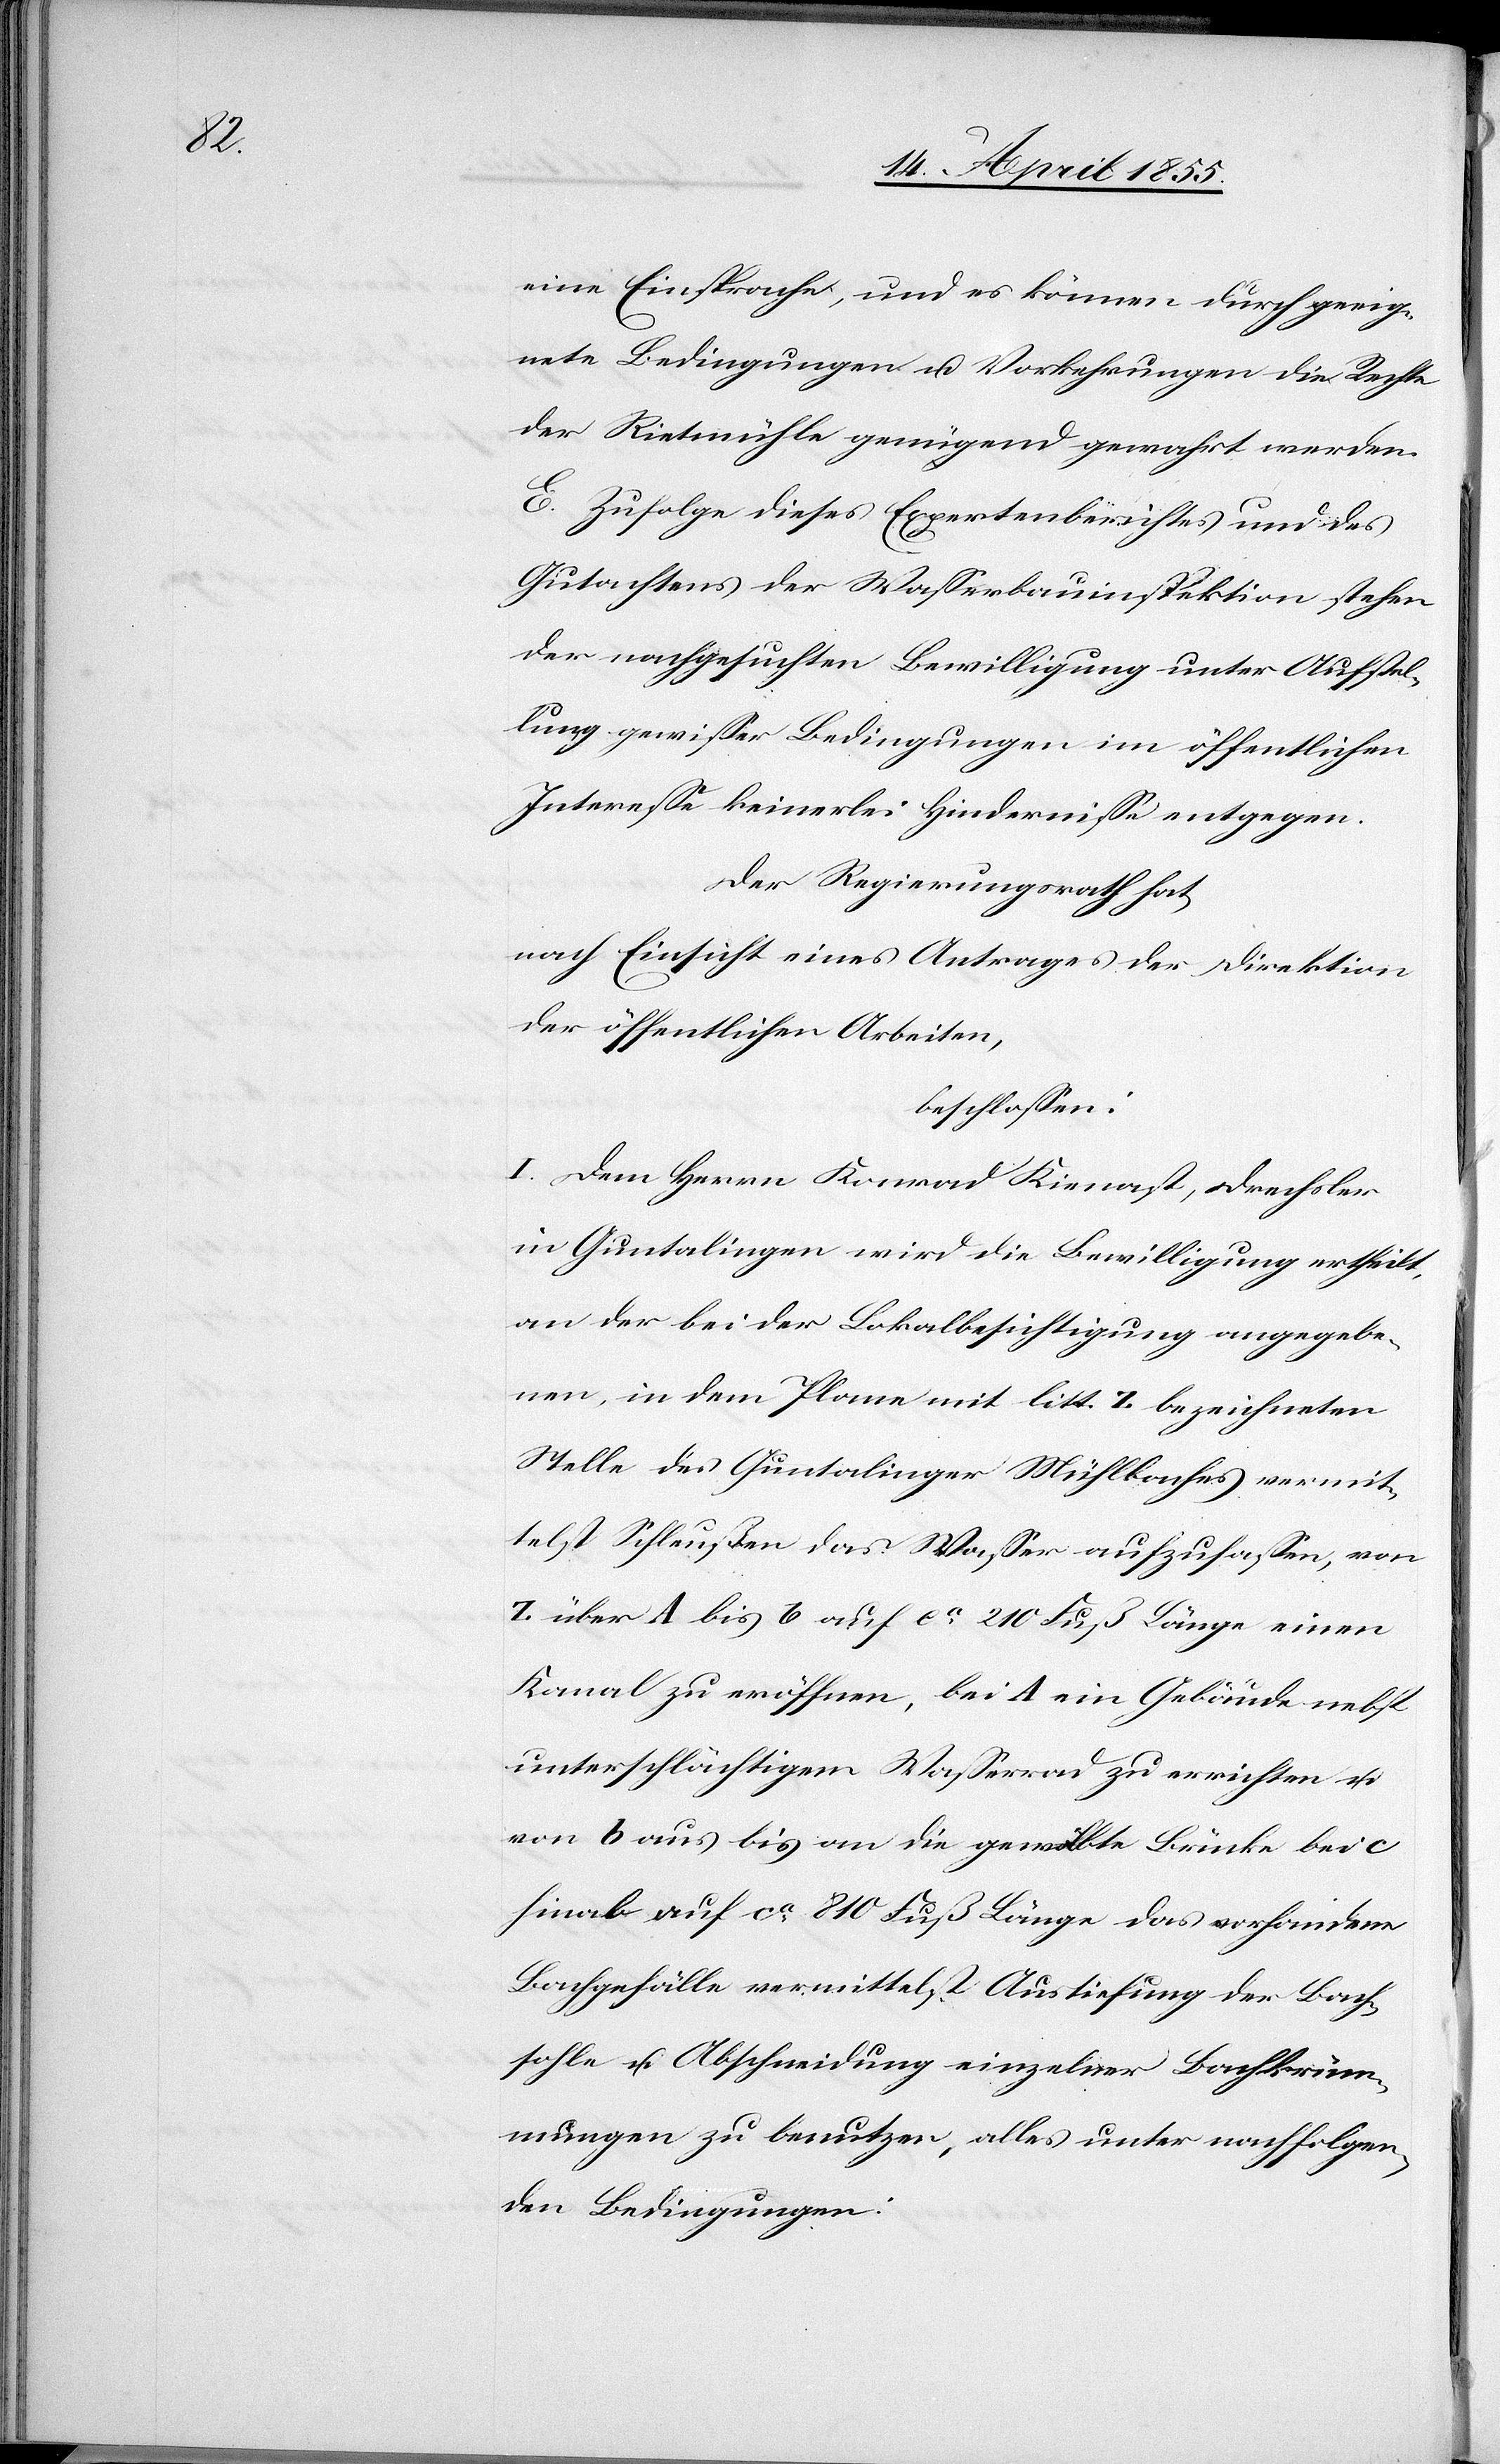
eine Einsprache, und es können durch geeig¬
nete Bedingungen u. Vorkehrungen die Rechte
der Rietmühle genügend gewahrt werden.
E. Zufolge dieses Expertenberichtes und des
Gutachtens der Wasserbauinspektion stehen
der nachgesuchten Bewilligung unter Aufstel¬
lung gewisser Bedingungen im öffentlichen
Interesse keinerlei Hindernisse entgegen.
Der Regierungsrath hat,
nach Einsicht eines Antrages der Direktion
der öffentlichen Arbeiten,
beschlossen:
I. Dem Herrn Konrad Kienast, Drechsler
in Guntalingen wird die Bewilligung ertheilt,
an der bei der Lokalbesichtigung angegebe¬
nen, in dem Plane mit litt. z bezeichneten
Stelle des Guntalinger Mühlbaches vermit¬
telst Schleußen das Wasser aufzufassen, von
z über A bis b auf ca. 210 Fuß Länge einen
Kanal zu eröffnen, bei A ein Gebäude nebst
unterschlächtigem Wasserrad zu errichten u.
von b aus bis an die gewölbte Brücke bei c
hinab auf ca. 810 Fuß Länge das vorhandene
Bachgefälle vermittelst Austiefung der Bach¬
sohle u. Abschneidung einzelner Bachkrüm¬
mungen zu benutzen, alles unter nachfolgen¬
den Bedingungen: